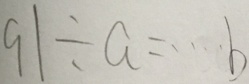
9 1 \div a = \cdots b